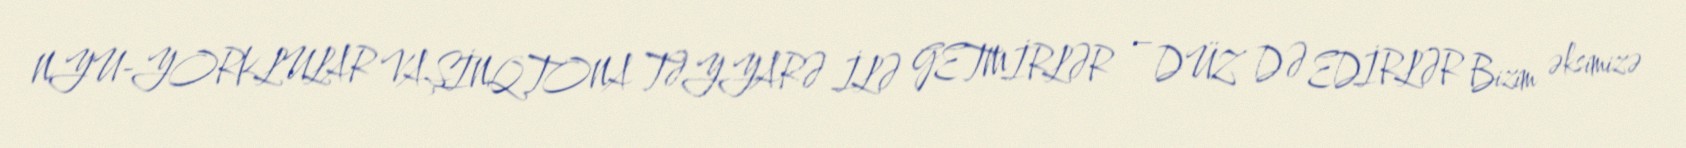
NYU-YORKLULAR VAŞİNQTONA TƏYYARƏ İLƏ GETMİRLƏR – DÜZ DƏ EDİRLƏR Bizim əksimizə